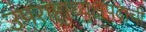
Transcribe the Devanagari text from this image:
उपराष्ट्राध्यक्षपदाची